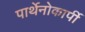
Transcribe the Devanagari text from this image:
पार्थेनोकार्पी